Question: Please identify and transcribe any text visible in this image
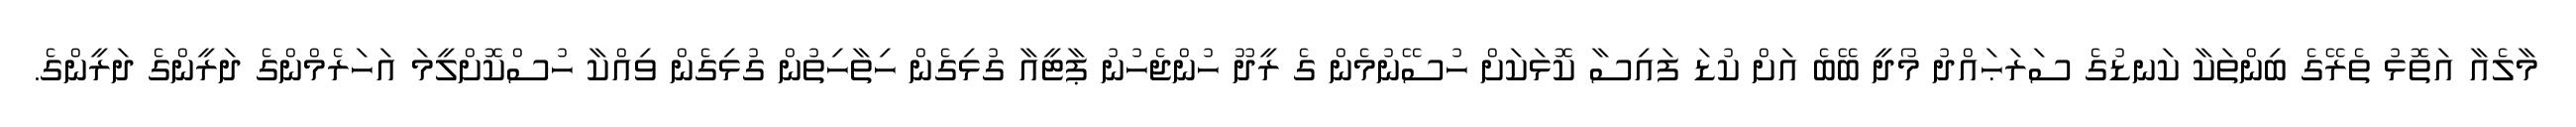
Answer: މާލެއާ އަތޮޅު ތެރޭގެ ބިންތަކާ ކަނޑުގެ ސަރަޙައްދު މޯދީ ބޭބެ އަށް ކުޑަ ފައިސާ ކޮޅަކަށް ހުސޭނުމެން ގެ ރީދޫ ހުންޖެހުނު ޕާޓީއާ ގުޅިގެން ހިތާހިތުން ގުޅިގެން ވިއްކާ ހުސްކޮށްލީމަ އަހަރެމްންގެ ދަރީންގެ ދަރީންގެ.